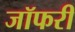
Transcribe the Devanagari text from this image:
जॉफरी